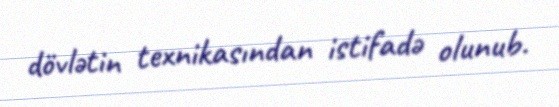
dövlətin texnikasından istifadə olunub.